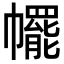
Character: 𢅩